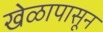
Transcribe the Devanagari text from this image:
खेळापासून